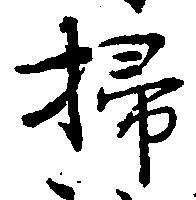
掃